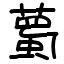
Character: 薥